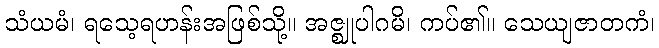
သံယမံ၊ ရသေ့ရဟန်းအဖြစ်သို့။ အဇ္ဈုပါဂမိ၊ ကပ်၏။ သေယျဇာတကံ၊